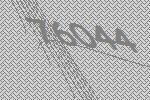
76044